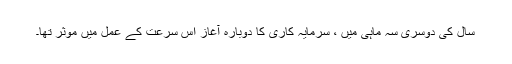
سال کی دوسری سہ ماہی میں ، سرمایہ کاری کا دوبارہ آغاز اس سرعت کے عمل میں موثر تھا۔